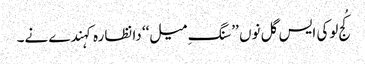
کُج لوکی ایس گل نوں ’’سنگِ میل‘‘ دا نظارہ کہندے نے۔